Report on vaccination in Madras 1922-1929 - 1922-1929
Year: 1922
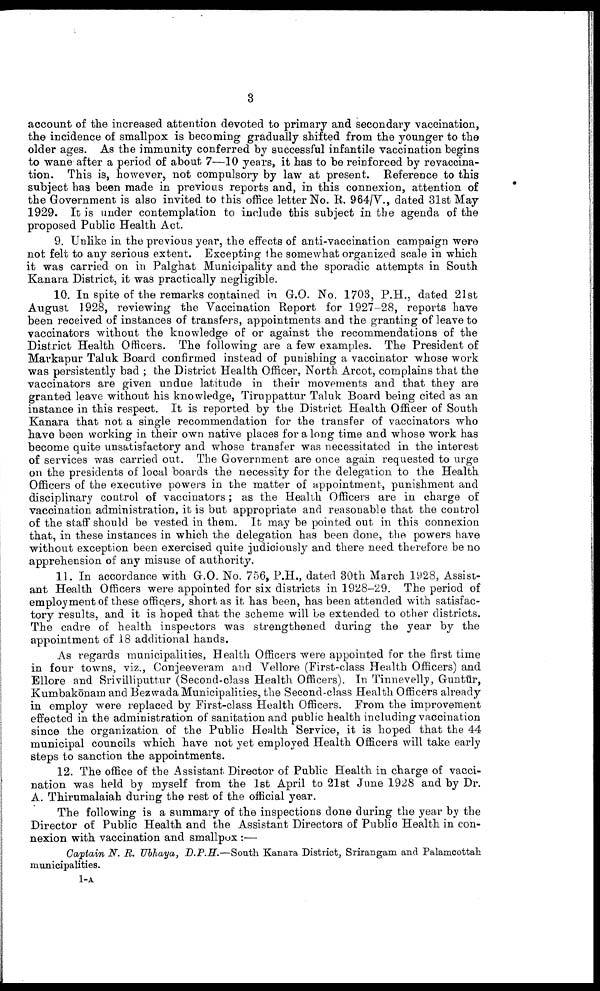
3
account of the increased attention devoted to primary and secondary vaccination,
the incidence of smallpox is becoming gradually shifted from the younger to the
older ages. As the immunity conferred by successful infantile vaccination begins
to wane after a period of about 7—10 years, it has to be reinforced by revaccina
tion. This is, however, not compulsory by law at present. Reference to this
subject has been made in previous reports and, in this connexion, attention of
the Government is also invited to this office letter No. R. 964/V., dated 31st May
1929. It is under contemplation to include this subject in the agenda of the
proposed Public Health Act.
9. Unlike in the previous year, the effects of anti-vaccination campaign were
not felt to any serious extent. Excepting the somewhat organized scale in which
it was carried on in Palghat Municipality and the sporadic attempts in South
Kanara District, it was practically negligible.
10. In spite of the remarks contained in G.O. No. 1703, P.H., dated 21st
August 1928, reviewing the Vaccination Report for 1927-28, reports have
been received of instances of transfers, appointments and the granting of leave to
vaccinators without the knowledge of or against the recommendations of the
District Health Officers. The following are a few examples. The President of
Markapur Taluk Board confirmed instead of punishing a vaccinator whose work
was persistently bad ; the District Health Officer, North Arcot, complains that the
vaccinators are given undue latitude in their movements and that they are
granted leave without his knowledge, Tiruppattur Taluk Board being cited as an
instance in this respect. It is reported by the District Health Officer of South
Kanara that not a single recommendation for the transfer of vaccinators who
have been working in their own native places for a long time and whose work has
become quite unsatisfactory and whose transfer was necessitated in the interest
of services was carried out. The Government are once again requested to urge
on the presidents of local boards the necessity for the delegation to the Health
Officers of the executive powers in the matter of appointment, punishment and
disciplinary control of vaccinators; as the Health Officers are in charge of
vaccination administration, it is but appropriate and reasonable that the control
of the staff should be vested in them. It may be pointed out in this connexion
that, in these instances in which the delegation has been done, the powers have
without exception been exercised quite judiciously and there need therefore be no
apprehension of any misuse of authority.
11. In accordance with G.O. No. 756, P.H., dated 30th March 1928, Assist
ant Health Officers were appointed for six districts in 1928-29. The period of
employment of these officers, short as it has been, has been attended with satisfac
tory results, and it is hoped that the scheme will be extended to other districts.
The cadre of health inspectors was strengthened during the year by the
appointment of 18 additional hands.
As regards municipalities, Health Officers were appointed for the first time
in four towns, viz., Conjeeveram and Vellore (First-class Health Officers) and
Ellore and Srivilliputtur (Second-class Health Officers). In Tinnevelly, Guntūr,
Kumbakōnam and Bezwada Municipalities, the Second-class Health Officers already
in employ were replaced by First-class Health Officers. From the improvement
effected in the administration of sanitation and public health including vaccination
since the organization of the Public Health Service, it is hoped that the 44
municipal councils which have not yet employed Health Officers will take early
steps to sanction the appointments.
12. The office of the Assistant Director of Public Health in charge of vacci
nation was held by myself from the 1st April to 21st June 1928 and by Dr.
A. Thirumalaiah during the rest of the official year.
The following is a summary of the inspections done during the year by the
Director of Public Health and the Assistant Directors of Public Health in con
nexion with vaccination and smallpox :—
Captain N. R. Ubhaya, D.P.H.—South Kanara District, Srirangam and Palamcottah
municipalities.
1-A